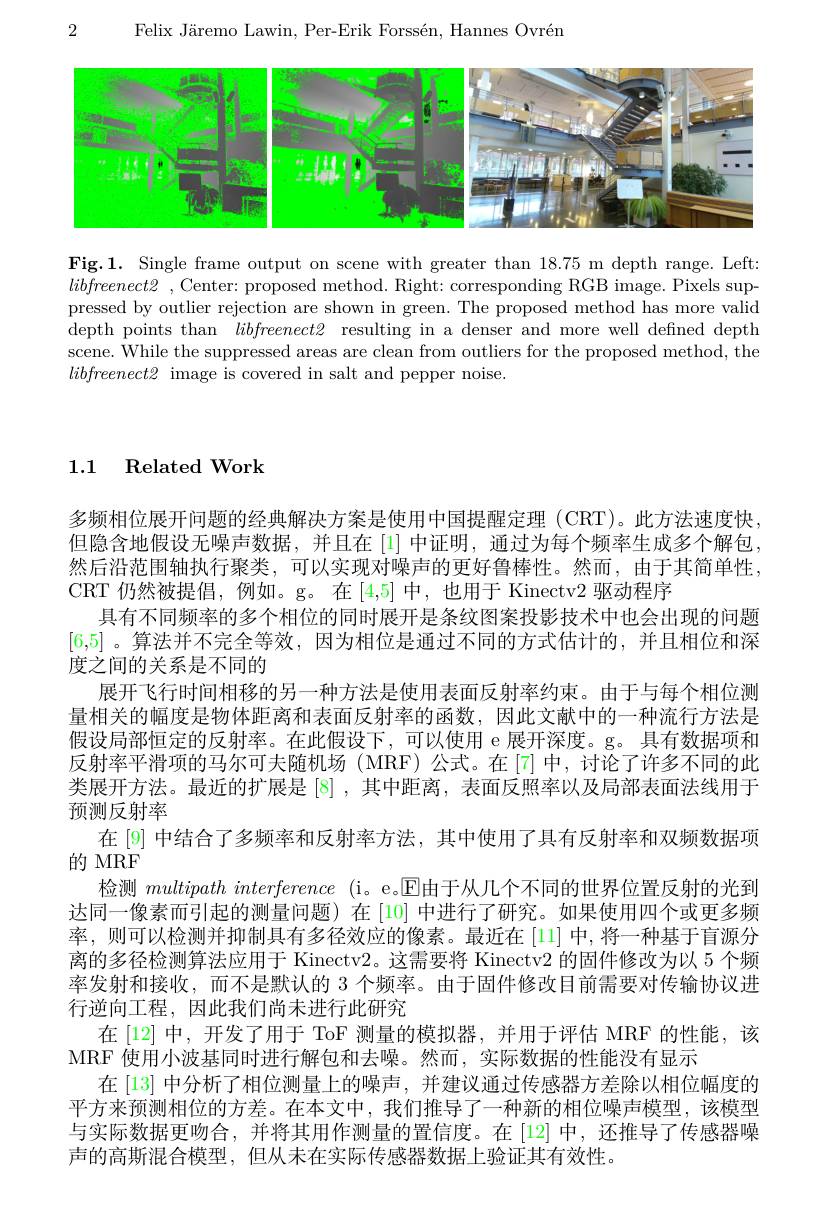
2

Felix Järemo Lawin, Per-Erik Forssén, Hannes Ovrén

<FigureHere>

Fig.1. Single frame output on scene with greater than 18.75 m depth range. Left: $libfreenect2~$, Center: proposed method. Right: corresponding RGB image. Pixels suppressed by outlier rejection are shown in green. The proposed method has more valid depth points than $libfreenect2$ resulting in a denser and more well defined depth scene. While the suppressed areas are clean from outliers for the proposed method, the $libfreenect2$ image is covered in salt and pepper noise.

### 1.1 Related Work

多频相位展开问题的经典解决方案是使用中国提醒定理 (CRT)。此方法速度快但隐含地假设无噪声数据，并且在[1] 中证明，通过为每个频率生成多个解包然后沿范围轴执行聚类，可以实现对噪声的更好鲁棒性。然而，由于其简单性， CRT 仍然被提倡，例如。g。在[4,5]中，也用于 Kinectv2 驱动程序
具有不同频率的多个相位的同时展开是条纹图案投影技术中也会出现的问题[6,5] 。算法并不完全等效，因为相位是通过不同的方式估计的，并且相位和深度之间的关系是不同的
展开飞行时间相移的另一种方法是使用表面反射率约束。由于与每个相位测量相关的幅度是物体距离和表面反射率的函数，因此文献中的一种流行方法是假设局部恒定的反射率。在此假设下，可以使用 e 展开深度。g。具有数据项和反射率平滑项的马尔可夫随机场(MRF)公式。在[7]中，讨论了许多不同的此类展开方法。最近的扩展是[8],其中距离，表面反照率以及局部表面法线用于预测反射率
在 [9] 中结合了多频率和反射率方法，其中使用了具有反射率和双频数据项
的 MRF
检测 multipathinterference (i。e。$\mathbb{E}$由于从几个不同的世界位置反射的光到达同一像素而引起的测量问题)在[10]中进行了研究。如果使用四个或更多频率，则可以检测并抑制具有多径效应的像素。最近在[11]中，将一种基于盲源分离的多径检测算法应用于 Kinectv2。这需要将 Kinectv2 的固件修改为以 5 个频率发射和接收，而不是默认的 3 个频率。由于固件修改目前需要对传输协议进行逆向工程，因此我们尚未进行此研究
在[12]中，开发了用于 ToF 测量的模拟器，并用于评估 MRF 的性能，该
MRF 使用小波基同时进行解包和去噪。然而，实际数据的性能没有显示
在 [13] 中分析了相位测量上的噪声，并建议通过传感器方差除以相位幅度的平方来预测相位的方差。在本文中，我们推导了一种新的相位噪声模型，该模型与实际数据更吻合，并将其用作测量的置信度。在[12]中，还推导了传感器噪声的高斯混合模型，但从未在实际传感器数据上验证其有效性。